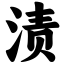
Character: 渍